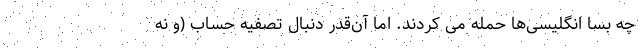
چه بسا انگلیسی‌ها حمله می کردند. اما آن‌قدر دنبال تصفیه حساب (و نه